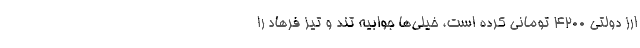
ارز دولتی 4200 تومانی کرده است، خیلی‌ها جوابیه تند و تیز فرهاد را